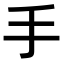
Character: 手